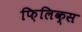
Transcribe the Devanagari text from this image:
फ़िलिक्स